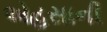
એહસાની